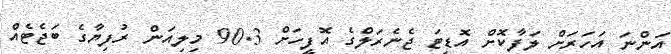
އަންނަ އަހަރަށް ލަފާކޮށް އޮޑިޓަ ޖެނެރަލްގެ އޮފީހަށް 90.3 މިލިއަން ރުފިޔާގެ ބަޖެޓެއް